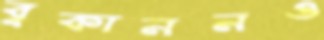
বুকাননও